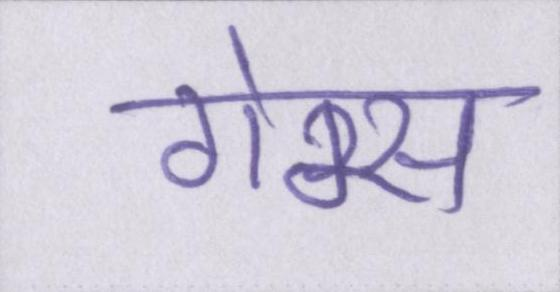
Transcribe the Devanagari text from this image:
गेम्स